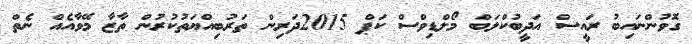
ގޮވުންނައިބު ރައީސް އަދީބުކްލަބް މޯލްޑިވްސް ކަޕް 2015ދަރިން ތަރުބިއްޔަތުކުރުން ތާޒާ މޭވާއެއް ނެތް